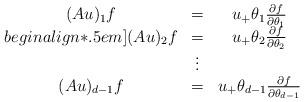
LaTeX: \begin{align*}\begin{array}{ccc} (Au)_1 f & = & u_{+} \theta_{1}\frac{\partial f}{\partial\theta_{1}}\\begin{align*}.5em](Au)_2 f & = & u_{+} \theta_{2}\frac{\partial f}{\partial\theta_{2}}\\ & \vdots\\(Au)_{d-1} f & = & u_{+}\theta_{d-1}\frac{\partial f}{\partial\theta_{d-1}}\end{array}\end{align*}